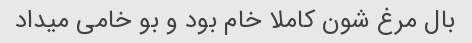
بال مرغ شون کاملا خام بود و بو خامی میداد